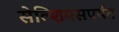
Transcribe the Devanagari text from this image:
सेल्शियसपर्यंत